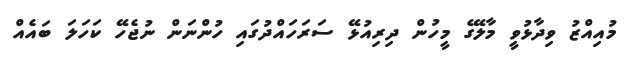
މުއިއްޒު ވިދާޅުވީ މާލޭގެ މީހުން ދިރިއުޅޭ ސަރަހައްދުގައި ހުންނަން ނުޖެހޭ ކަހަލަ ބައެއް